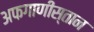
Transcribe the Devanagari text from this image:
अफगाणीस्तान